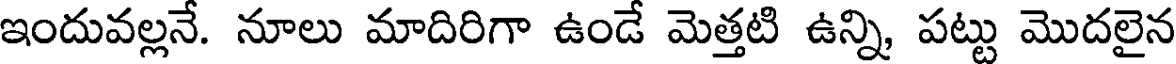
ఇందువల్లనే. నూలు మాదిరిగా ఉండే మెత్తటి ఉన్ని, పట్టు మొదలైన